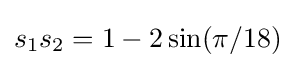
s_{1}s_{2}=1-2\sin(\pi /18)